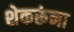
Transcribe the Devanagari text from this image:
शेकरूंना